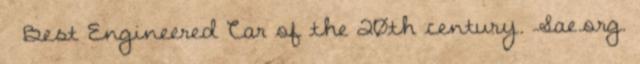
↑ Best Engineered Car of the 20th century. Sae.org.